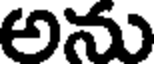
అను